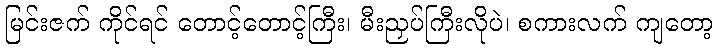
မြင်းဇက် ကိုင်ရင် တောင့်တောင့်ကြီး၊ မီးညှပ်ကြီးလိုပဲ၊ စကားလက် ကျတော့